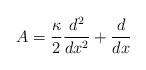
LaTeX: \begin{align*}A = \frac{\kappa}{2} \frac{d^2}{d x^2} + \frac{d}{d x}\end{align*}